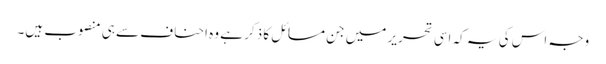
وجہ اس کی یہ کہ اسی تحریر میں جن مسائل کا ذکر ہے وہ احناف سے ہی منصوب ہیں۔